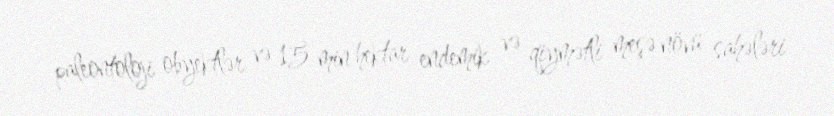
paleontoloji obyektlər və 15 min hektar endemik və qiymətli meşə növü sahələri